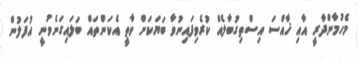
މެހުމާންދާރީ އާއި ޚާއްސަ އިސްތިގުބާލެއް ކުރެވިފައިނުވާ ބަޔަކަށް ވާތީ އެކަންތައް ބަލައިގަނެވުނީ އުފަލުން